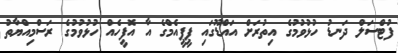
ފުޓްސަލް ދަނޑު ހުޅުވުމުގެ އިތުރަށް އައްޑޫގައި ޕީޕީއެމްގެ އާ އޮފީހެއް ހުޅުވުމުގެ ރަސްމިއްޔާތު